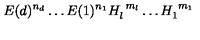
E ( d ) ^ { n _ { d } } \dots E ( 1 ) ^ { n _ { 1 } } H _ { l } ^ { \ m _ { l } } \dots H _ { 1 } ^ { \ m _ { 1 } } \,